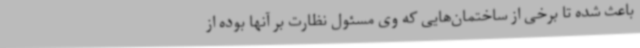
باعث شده تا برخی از ساختمان‌هایی که وی مسئول نظارت بر آنها بوده از